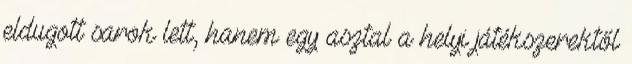
eldugott sarok lett, hanem egy asztal a helyi játékszerektől